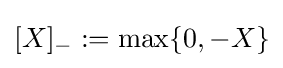
[X]_{-}:=\max\{0,-X\}